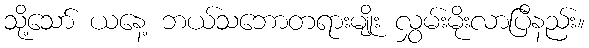
သို့သော် ယနေ့ ဘယ်သဘောတရားမျိုး လွှမ်းမိုးလာပြီနည်း။